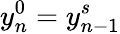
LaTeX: y_{n}^{0}=y_{n-1}^{s}